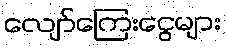
လျော်ကြေးငွေများ